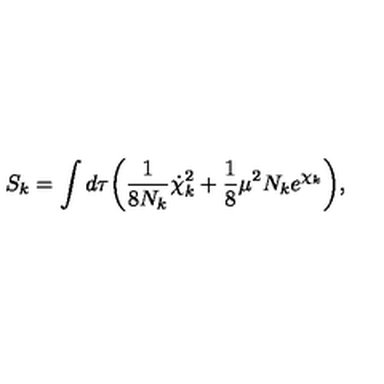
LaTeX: S _ { k } = \int d \tau \biggl ( { \frac { 1 } { 8 N _ { k } } } { \dot { \chi } _ { k } } ^ { 2 } + { \frac { 1 } { 8 } } \mu ^ { 2 } N _ { k } e ^ { \chi _ { k } } \biggr ) ,